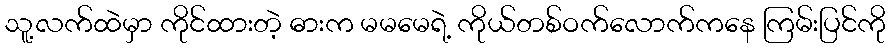
သူ့လက်ထဲမှာ ကိုင်ထားတဲ့ ဓားက မမမေရဲ့ ကိုယ်တစ်ဝက်လောက်ကနေ ကြမ်းပြင်ကို